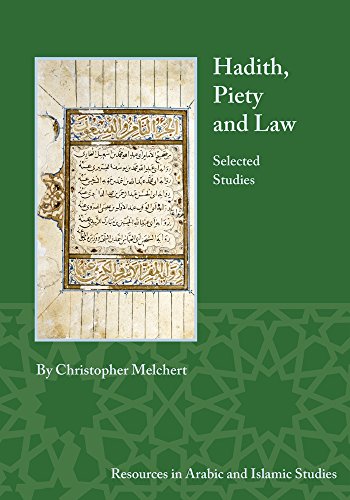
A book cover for Hadith, Piety, and Law: Selected Studies (Resources in Arabic and Islamic Studies); Christopher Melchert; Religion & Spirituality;